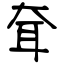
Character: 耷